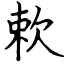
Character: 欶